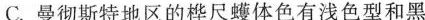
C.曼彻斯特地区的桦尺蠖体色有浅色型和黑